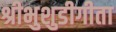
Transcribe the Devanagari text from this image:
श्रीभुशुडीगीता